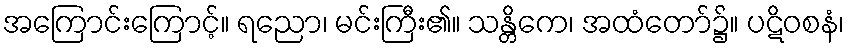
အကြောင်းကြောင့်။ ရညော၊ မင်းကြီး၏။ သန္တိကေ၊ အထံတော်၌။ ပဋိဝစနံ၊